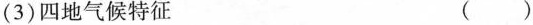
(3) 四地气候特征 ()